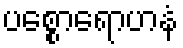
ပစ္စောရောဟနံ